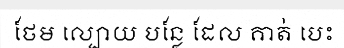
ថែម ល្បោយ បន្លែ ដែល គាត់ បេះ